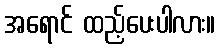
အရောင် ထည့်ပေးပါလား။